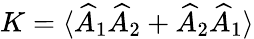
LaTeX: K=\langle\widehat{A}_{1}\widehat{A}_{2}+\widehat{A}_{2}\widehat{A}_{1}\rangle